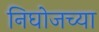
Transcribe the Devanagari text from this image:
निघोजच्या